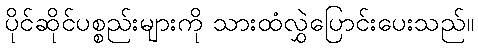
ပိုင်ဆိုင်ပစ္စည်းများကို သားထံလွှဲပြောင်းပေးသည်။